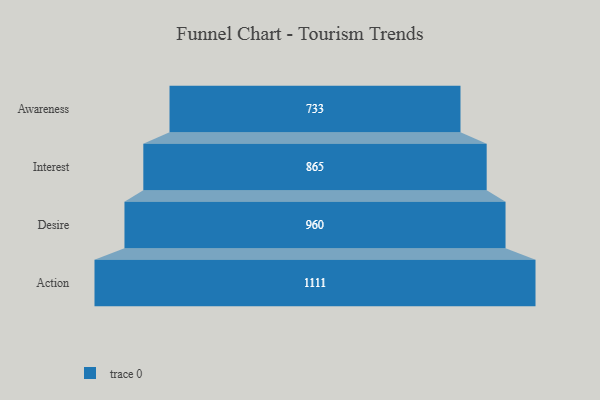
{"axis": {"x": "Stage", "y": "Value"}, "legend": [""], "data": [{"x": "Awareness", "y": 733.0, "type": ""}, {"x": "Interest", "y": 865.0, "type": ""}, {"x": "Desire", "y": 960.0, "type": ""}, {"x": "Action", "y": 1111.0, "type": ""}]}